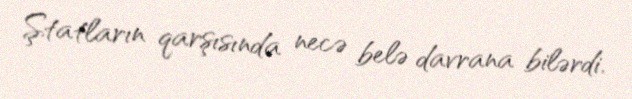
Ştatların qarşısında necə belə davrana bilərdi.